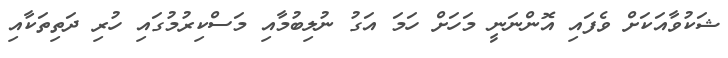
ޝަކުވާއަކަށް ވެފައި އޮންނަނީ މަހަށް ހަމަ އަގު ނުލިބުމާއި މަސްކިރުމުގައި ހުރި ދަތިތަކާއި